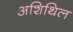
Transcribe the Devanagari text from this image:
अशिथिल